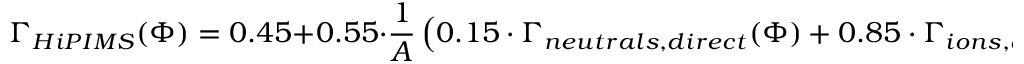
\Gamma _ { H i P I M S } ( \Phi ) = 0 . 4 5 + 0 . 5 5 \cdot \frac { 1 } { A } \left( 0 . 1 5 \cdot \Gamma _ { n e u t r a l s , d i r e c t } ( \Phi ) + 0 . 8 5 \cdot \Gamma _ { i o n s , d i r e c t } ( \Phi ) \right)